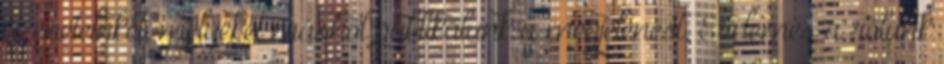
üzeneteinket, melyeket máshol publikálunk a megjelenést. Érdemes a rólunk